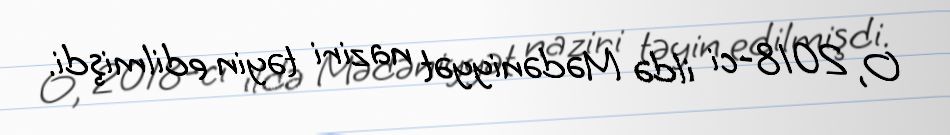
O, 2018-ci ildə Mədəniyyət naziri təyin edilmişdi.